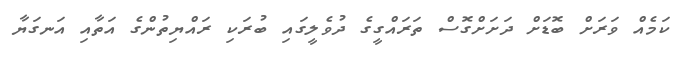
ކަމެއް ވަރަށް ބޮޑަށް ދަށަށްގޮސް ތަރައްގީގެ ދުވެލީގައި ބުރަކި ރައްޔިތުންގެ އަތާއި އަނގަޔާ